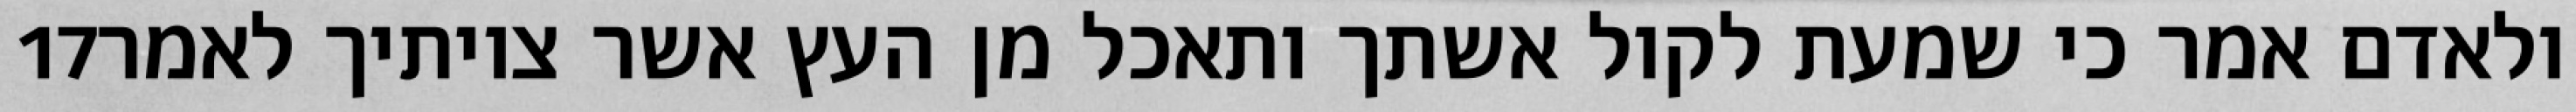
‎17‏ ולאדם אמר כי שמעת לקול אשתך ותאכל מן העץ אשר צויתיך לאמר